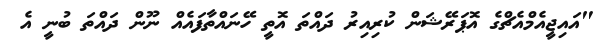
"އައިޖީއެމްއެޗްގެ އޮޕަރޭޝަން ކުރިއިރު ދައްތަ އޮތީ ހޭނައްތާފައެއް ނޫން ދައްތަ ބުނީ އެ